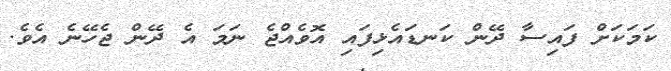
ކަމަކަށް ފައިސާ ދޭން ކަނޑައެޅިފައި އޮވެއްޖެ ނަމަ އެ ދޭން ޖެހޭނެ އެވެ.